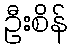
ဦးစိန်